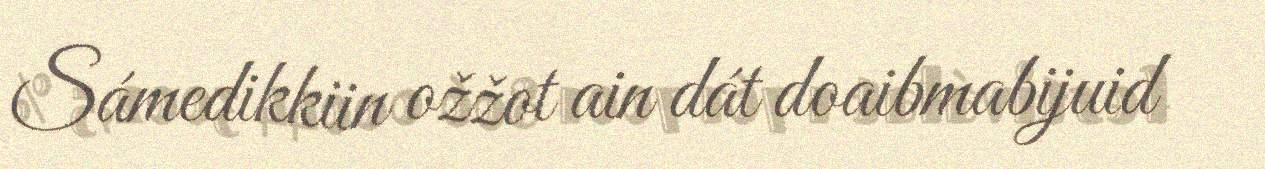
Sámedikkiin ožžot ain dát doaibmabijuid